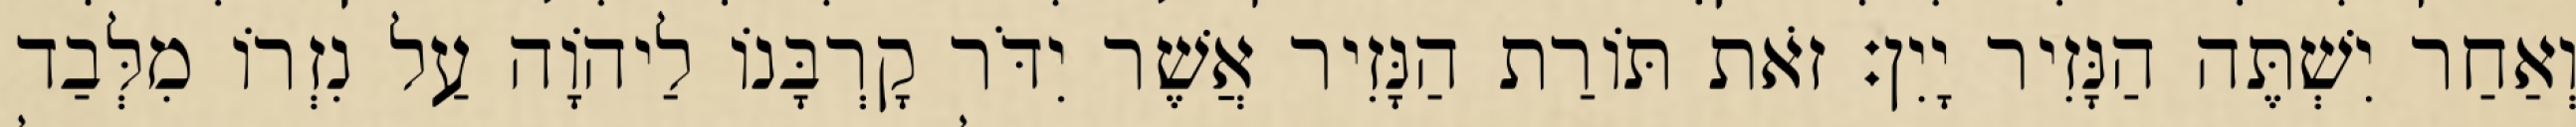
וְאַחַר יִשְׁתֶּה הַנָּזִיר יָיִן׃ זֹאת תּוֹרַת הַנָּזִיר אֲשֶׁר יִדֹּר קָרְבָּנוֹ לַיהוָֹה עַל נִזְרוֹ מִלְּבַד